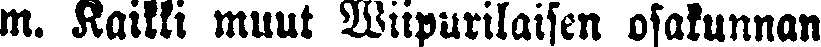
m. Kaikki muut Wiipurilaisen osakunnan